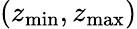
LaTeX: (z_{\operatorname*{min}},z_{\operatorname*{max}})